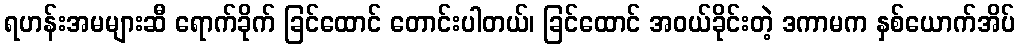
ရဟန်းအမများဆီ ရောက်ခိုက် ခြင်ထောင် တောင်းပါတယ်၊ ခြင်ထောင် အဝယ်ခိုင်းတဲ့ ဒကာမက နှစ်ယောက်အိပ်